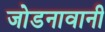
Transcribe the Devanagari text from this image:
जोडनावानी